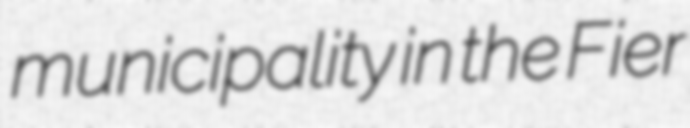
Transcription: municipality in the Fier